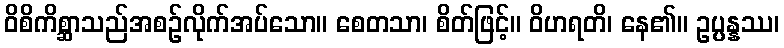
ဝိစိကိစ္ဆာသည်အစဉ်လိုက်အပ်သော။ စေတသာ၊ စိတ်ဖြင့်။ ဝိဟရတိ၊ နေ၏။ ဥပ္ပန္နဿ၊